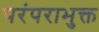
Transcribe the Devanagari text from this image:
परंपराभुक्त